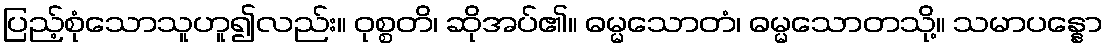
ပြည့်စုံသောသူဟူ၍လည်း။ ဝုစ္စတိ၊ ဆိုအပ်၏။ ဓမ္မသောတံ၊ ဓမ္မသောတသို့။ သမာပန္နော